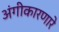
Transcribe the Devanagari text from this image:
अंगीकारणारे